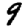
Digit: 9